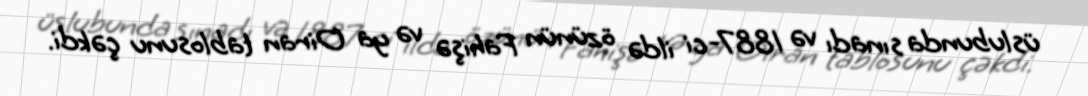
üslubunda sınadı və 1887-ci ildə özünün Fahişə və ya Oiran tablosunu çəkdi.